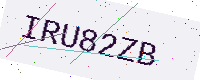
Text: IRU82ZB